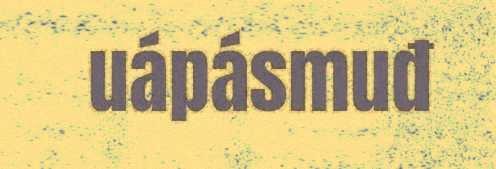
uápásmuđ